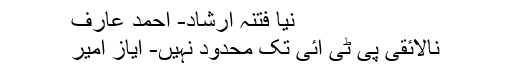
نیا فتنہ ارشاد- احمد عارف
نالائقی پی ٹی آئی تک محدود نہیں- ایاز امیر